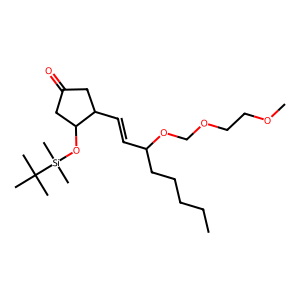
SMILES: CCCCCC(C=CC1CC(=O)CC1O[Si](C)(C)C(C)(C)C)OCOCCOC
Inhibits HIV replication: No